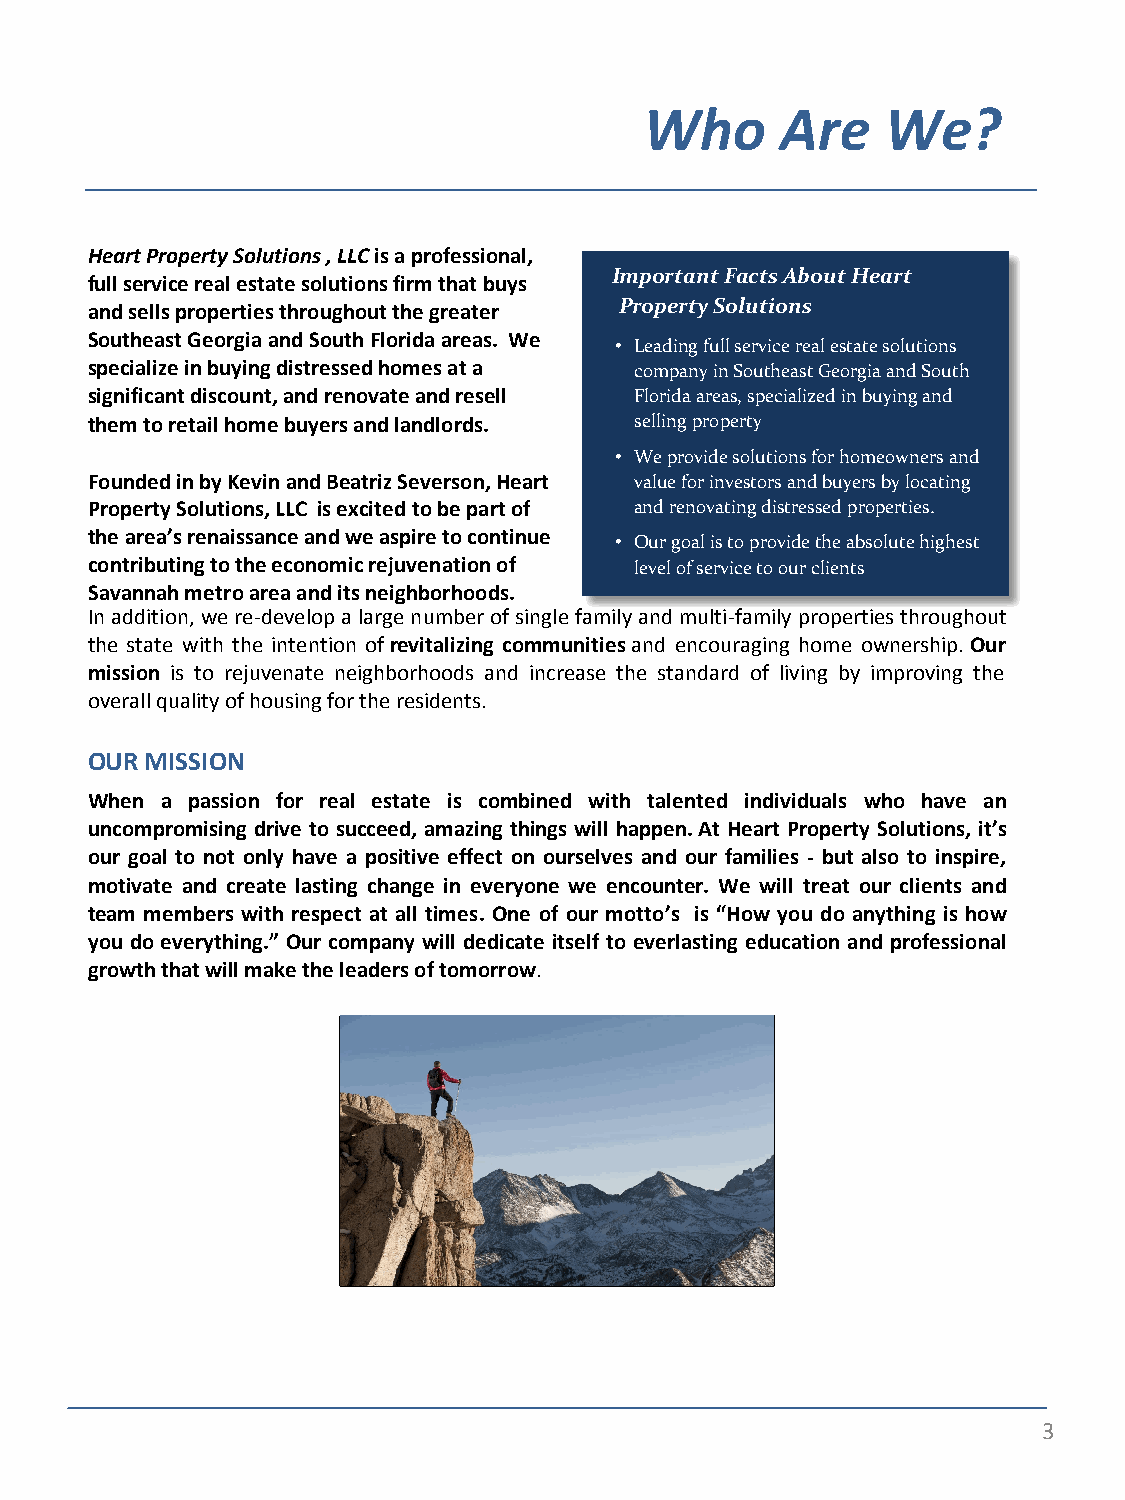
Who      Are    We?
 Heart Property Solutions , LLC is a professional,
 Important Facts About Heart
 full service real estate solutions firm that buys
 and sells properties throughout the greater Property Solutions
 Southeast Georgia and South Florida areas. We
 • Leading full service real estate solutions
 specialize in buying distressed homes at a company in Southeast Georgia and South
 significant discount, and renovate and resell Florida areas, specialized in buying and
 them to retail home buyers and landlords. selling property
 • We provide solutions for homeowners and
 Founded in by Kevin and Beatriz Severson, Heart value for investors and buyers by locating
 Property Solutions, LLC is excited to be part of and renovating distressed properties.
 the area’s renaissance and we aspire to continue
 • Our goal is to provide the absolute highest
 contributing to the economic rejuvenation of level of service to our clients
 Savannah metro area and its neighborhoods.
 In addition, we re-develop a large number of single family and multi-family properties throughout
 the state with the intention of revitalizing communit ies and encouraging home ownership. Our
 mission is to rejuvenate neighborhoods and increase the standard of living by improving the
 overall quality of housing for the residents.
 OUR MISSION
 When a passion for real estate is combined with talented individuals who have an
 uncompromising drive to succeed, amazing things will happen. At Heart Property Solutions, it’s
 our goal to not only have a positive effect on ourselves and our families - but also to inspire,
 motivate and create lasting change in everyone we encounter. We will treat our clients and
 team members with respect at all times. One of our motto’s is “How you do anything is how
 you do everything.” Our company will dedicate itself to everlasting education and professional
 growth that will make the leaders of tomorrow.
 INSERT PHOTO HERE
 (MOUNTAIN TOP)
 3